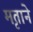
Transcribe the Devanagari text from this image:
मृताने